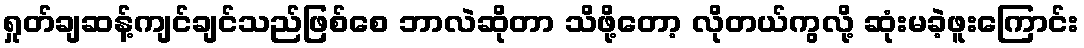
ရှုတ်ချဆန့်ကျင်ချင်သည်ဖြစ်စေ ဘာလဲဆိုတာ သိဖို့တော့ လိုတယ်ကွလို့ ဆုံးမခဲ့ဖူးကြောင်း